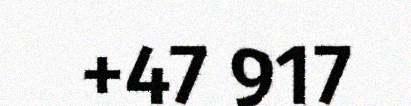
+47 917